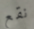
نقع